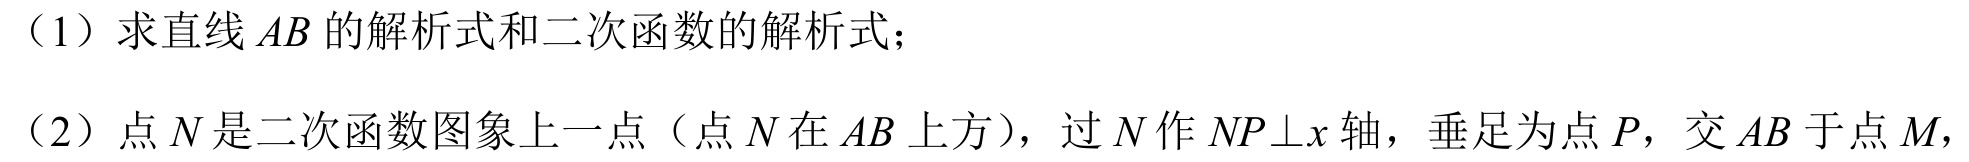
（1）求直线 \(AB\) 的解析式和二次函数的解析式；
（2）点 \(N\) 是二次函数图象上一点（点 \(N\) 在 \(AB\) 上方），过 \(N\) 作 \(NP\perp x\) 轴，垂足为点 \(P\)，交 \(AB\) 于点 \(M\)，